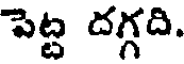
పెట్ట దగ్గది.